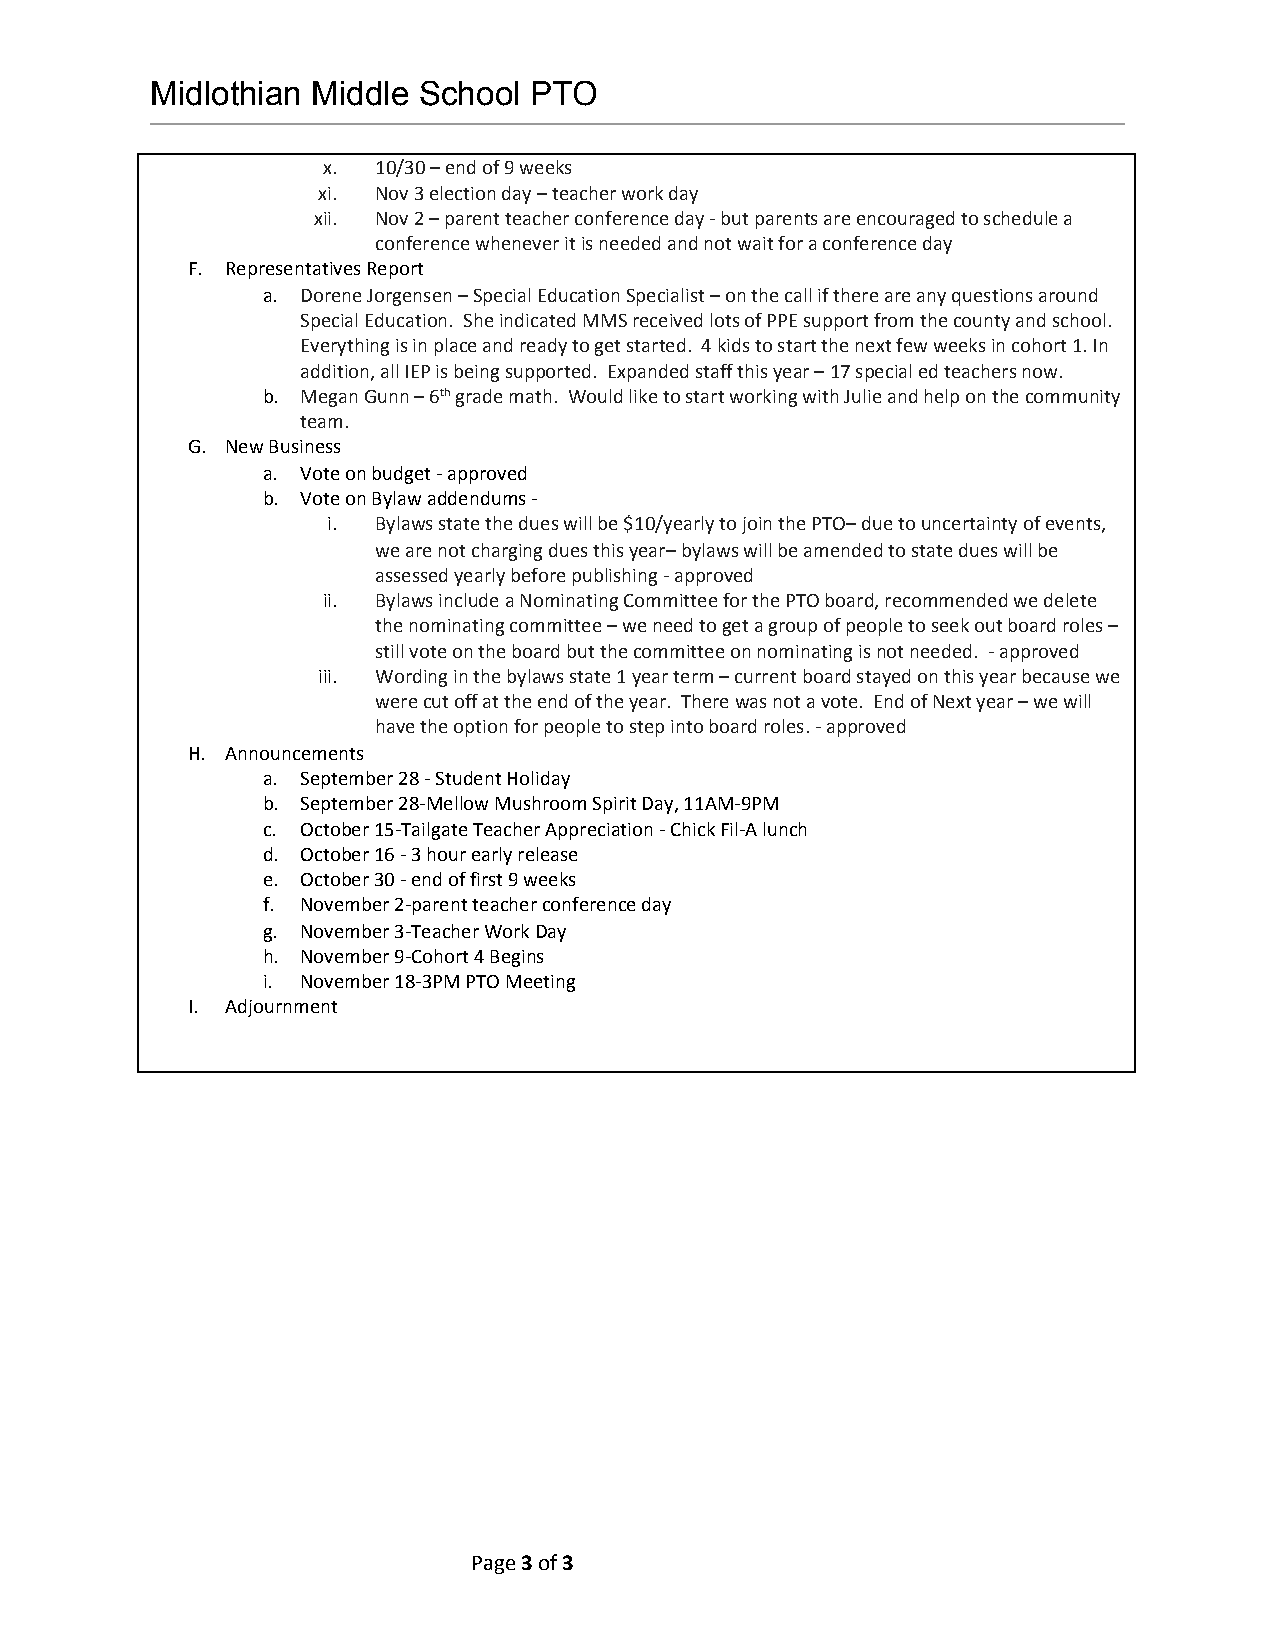
Midlothian Middle School PTO
 x.  10/30 – end of 9 weeks
 xi. Nov 3 election day – teacher work day
 xii. Nov 2 – parent teacher conference day - but parents are encouraged to schedule a
 conference whenever it is needed and not wait for a conference day
 F. Representatives Report
 a. Dorene Jorgensen – Special Education Specialist – on the call if there are any questions around
 Special Education. She indicated MMS received lots of PPE support from the county and school.
 Everything is in place and ready to get started. 4 kids to start the next few weeks in cohort 1. In
 addition, all IEP is being supported. Expanded staff this year – 17 special ed teachers now.
 b. Megan Gunn – 6th ​ grade math. Would like to start working with Julie and help on the community
 ​
 team.
 G. New Business
 a. Vote on budget - approved
 b. Vote on Bylaw addendums -
 i. Bylaws state the dues will be $10/yearly to join the PTO– due to uncertainty of events,
 we are not charging dues this year– bylaws will be amended to state dues will be
 assessed yearly before publishing - approved
 ii. Bylaws include a Nominating Committee for the PTO board, recommended we delete
 the nominating committee – we need to get a group of people to seek out board roles –
 still vote on the board but the committee on nominating is not needed. - approved
 iii. Wording in the bylaws state 1 year term – current board stayed on this year because we
 were cut off at the end of the year. There was not a vote. End of Next year – we will
 have the option for people to step into board roles. - approved
 H. Announcements
 a. September 28 - Student Holiday
 b. September 28-Mellow Mushroom Spirit Day, 11AM-9PM
 c. October 15-Tailgate Teacher Appreciation - Chick Fil-A lunch
 d. October 16 - 3 hour early release
 e. October 30 - end of first 9 weeks
 f. November 2-parent teacher conference day
 g. November 3-Teacher Work Day
 h. November 9-Cohort 4 Begins
 i. November 18-3PM PTO Meeting
 I. Adjournment
 Page 3 of 3
 ​ ​ ​